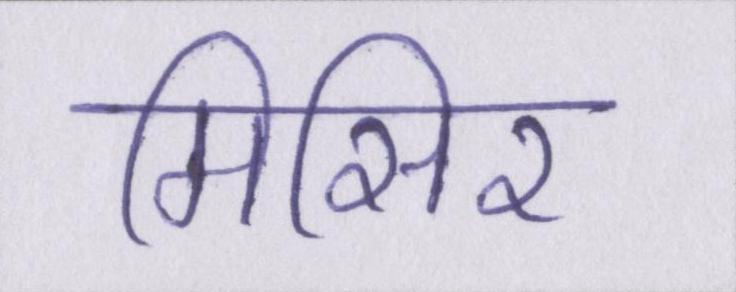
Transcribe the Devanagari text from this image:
मिसिर